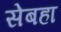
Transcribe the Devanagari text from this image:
सेबहा